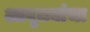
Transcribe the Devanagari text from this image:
आवृत्त्यांचा